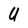
Character: U